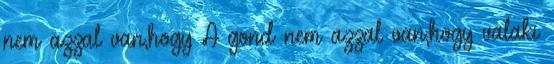
nem azzal van,hogy A gond nem azzal van,hogy valaki